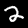
Digit: 2